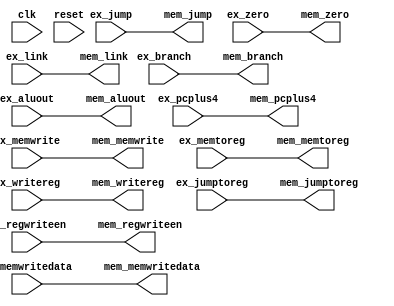
module pipe_ex2mem(input clk, reset,
                   input         ex_branch,
                   input         ex_jump,
                   input         ex_jumptoreg,
                   input         ex_zero,
                   input         ex_link,
                   input         ex_memwrite,
                   input         ex_memtoreg,
                   input         ex_regwriteen,
                   input [31:0]  ex_aluout,
                   input [31:0]  ex_memwritedata,
                   input [31:0]  ex_pcplus4,
                   input [4:0]   ex_writereg,
                   output        mem_branch,
                   output        mem_jump,
                   output        mem_jumptoreg,
                   output        mem_zero,
                   output        mem_link,
                   output        mem_memwrite,
                   output        mem_memtoreg,
                   output        mem_regwriteen,
                   output [31:0] mem_aluout,
                   output [31:0] mem_memwritedata,
                   output [31:0] mem_pcplus4,
                   output [4:0]  mem_writereg);

   assign mem_branch = ex_branch;
   assign mem_jump = ex_jump;
   assign mem_jumptoreg = ex_jumptoreg;
   assign mem_zero = ex_zero;
   assign mem_link = ex_link;
   assign mem_memwrite = ex_memwrite;
   assign mem_memtoreg = ex_memtoreg;
   assign mem_regwriteen = ex_regwriteen;
   assign mem_aluout = ex_aluout;
   assign mem_memwritedata = ex_memwritedata;
   assign mem_pcplus4 = ex_pcplus4;
   assign mem_writereg = ex_writereg;

endmodule